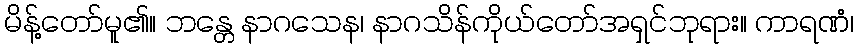
မိန့်တော်မူ၏။ ဘန္တေ နာဂသေန၊ နာဂသိန်ကိုယ်တော်အရှင်ဘုရား။ ကာရဏံ၊